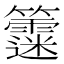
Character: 𥷻